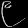
Digit: ၉